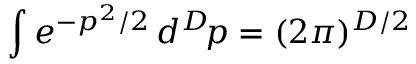
\int e ^ { - p ^ { 2 } / 2 } \, d ^ { D } \! p = ( 2 \pi ) ^ { D / 2 }